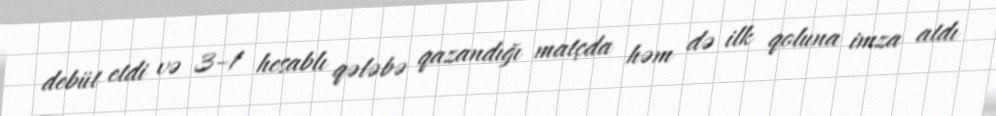
debüt etdi və 3–1 hesablı qələbə qazandığı matçda həm də ilk qoluna imza atdı